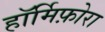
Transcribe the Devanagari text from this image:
हॉर्मिफ़ोरा